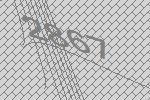
2867